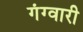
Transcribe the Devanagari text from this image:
गंग्वारी